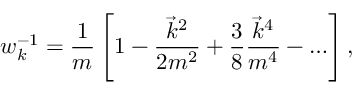
w _ { k } ^ { - 1 } = \frac 1 m \left[ 1 - \frac { \vec { k } ^ { 2 } } { 2 m ^ { 2 } } + \frac 3 8 \frac { \vec { k } ^ { 4 } } { m ^ { 4 } } - \ldots \right] ,